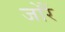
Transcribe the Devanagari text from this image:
जोरैं